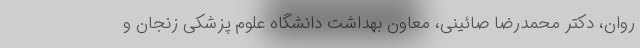
روان، دکتر محمدرضا صائینی، معاون بهداشت دانشگاه علوم پزشکی زنجان و